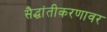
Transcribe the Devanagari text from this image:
सैद्धांतीकरणावर